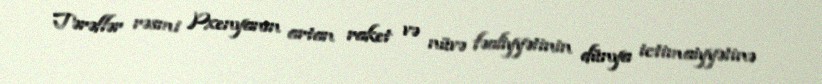
Tərəflər rəsmi Pxenyanın artan raket və nüvə fəaliyyətinin dünya ictimaiyyətinə